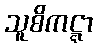
သူစိကဋ္ဋာ